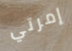
إمرتي